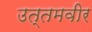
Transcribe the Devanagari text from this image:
उत्तमवीर